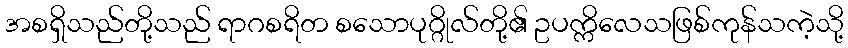
အစရှိသည်တို့သည် ရာဂစရိတ စသောပုဂ္ဂိုလ်တို့၏ ဥပက္ကိလေသဖြစ်ကုန်သကဲ့သို့